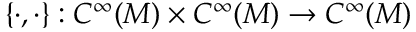
\{ \cdot , \cdot \} : C ^ { \infty } ( M ) \times C ^ { \infty } ( M ) \to C ^ { \infty } ( M )